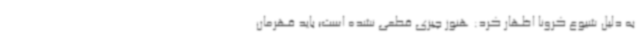
به دلیل شیوع کرونا اظهار کرد: هنوز چیزی قطعی نشده است؛ باید قهرمان